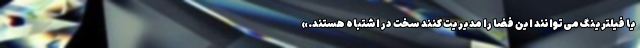
یا فیلترینگ می‌توانند این فضا را مدیریت کنند سخت در اشتباه هستند.»